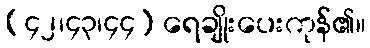
(၄၂၊၄၃၊၄၄) ရေချိုးပေးကုန်၏။